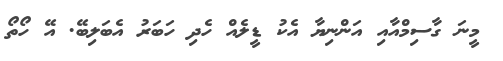
މީނަ ގާސިމްއާއި އަންނިޔާ އެކު ޑީލެއް ހެދި ހަބަރު އެބަލިބޭ. އޭ ހޯތޯ